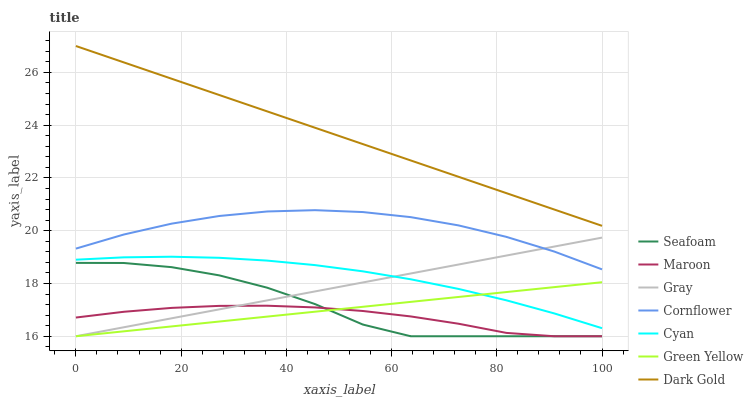
| xaxis_label | Seafoam | Maroon | Gray | Cornflower | Cyan | Green Yellow | Dark Gold |
 | --- | --- | --- | --- | --- | --- | --- | --- |
 | 0 | 18.8 | 16.7 | 16 | 19.3 | 18.9 | 16 | 27 |
 | 9.09 | 18.8 | 16.9 | 16.3 | 19.9 | 19 | 16.2 | 26.4 |
 | 18.2 | 18.6 | 17.1 | 16.7 | 20.3 | 19 | 16.4 | 25.8 |
 | 27.3 | 18.3 | 17.2 | 17 | 20.6 | 19 | 16.6 | 25.1 |
 | 36.4 | 17.8 | 17.2 | 17.4 | 20.7 | 18.9 | 16.7 | 24.5 |
 | 45.5 | 17.2 | 17.1 | 17.7 | 20.8 | 18.7 | 16.9 | 23.9 |
 | 54.5 | 16.4 | 17 | 18 | 20.7 | 18.5 | 17.1 | 23.3 |
 | 63.6 | 16 | 16.8 | 18.4 | 20.5 | 18.2 | 17.3 | 22.7 |
 | 72.7 | 16 | 16.5 | 18.7 | 20.2 | 17.8 | 17.5 | 22 |
 | 81.8 | 16 | 16.1 | 19.1 | 19.8 | 17.4 | 17.7 | 21.4 |
 | 90.9 | 16 | 16 | 19.4 | 19.2 | 16.9 | 17.9 | 20.8 |
 | 100 | 16 | 16 | 19.7 | 18.5 | 16.3 | 18 | 20.2 |